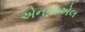
એનગાએલ